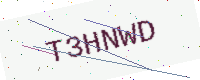
Text: T3HNWD